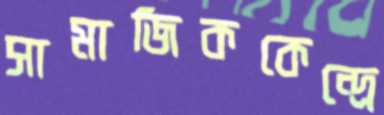
সামাজিককেন্দ্রে